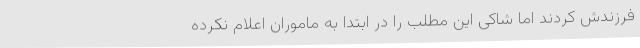
فرزندش کردند اما شاکی این مطلب را در ابتدا به ماموران اعلام نکرده